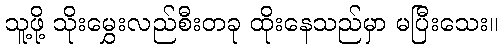
သူ့ဖို့ သိုးမွှေးလည်စီးတခု ထိုးနေသည်မှာ မပြီးသေး။